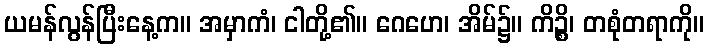
ယမန်လွန်ပြီးနေ့က။ အမှာကံ၊ ငါတို့၏။ ဂေဟေ၊ အိမ်၌။ ကိဉ္စိ၊ တစုံတရာကို။